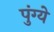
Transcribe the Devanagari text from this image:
पुंग्ये